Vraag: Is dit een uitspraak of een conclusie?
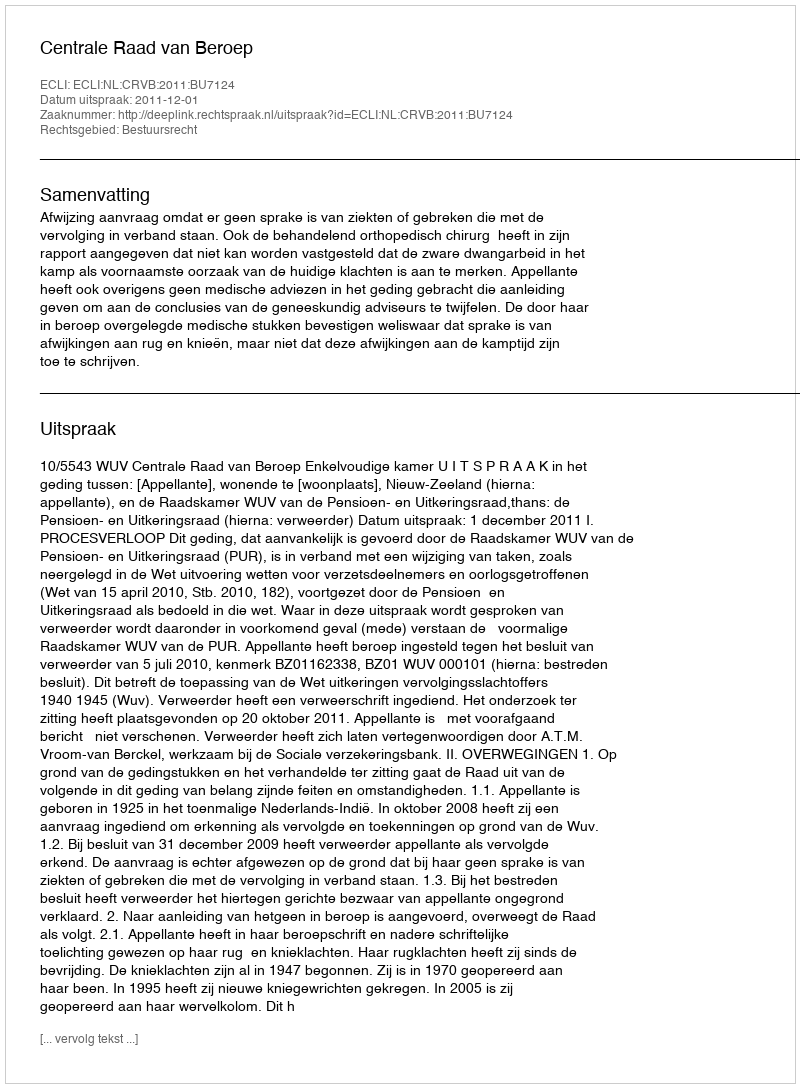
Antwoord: Uitspraak